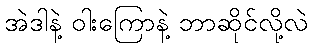
အဲဒါနဲ့ ဝါးကြောနဲ့ ဘာဆိုင်လို့လဲ